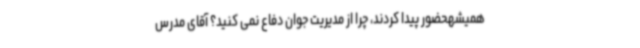
همیشهحضور پیدا کردند، چرا از مدیریت جوان دفاع نمی کنید؟ آقای مدرس